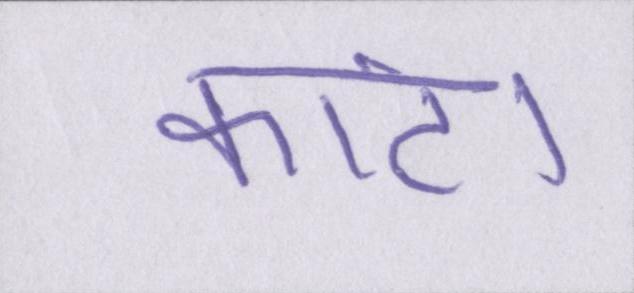
कांटा